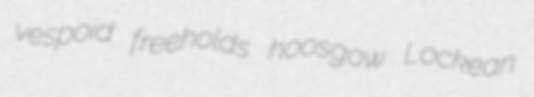
vespoid freeholds hoosgow Lockean